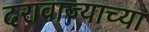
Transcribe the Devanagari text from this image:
दरावाज्याच्या